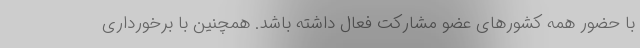
با حضور همه کشورهای عضو مشارکت فعال داشته باشد. همچنین با برخورداری